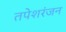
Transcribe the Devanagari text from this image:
तपेशरंजन